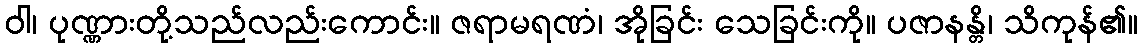
ဝါ၊ ပုဏ္ဏားတို့သည်လည်းကောင်း။ ဇရာမရဏံ၊ အိုခြင်း သေခြင်းကို။ ပဇာနန္တိ၊ သိကုန်၏။